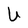
Character: U